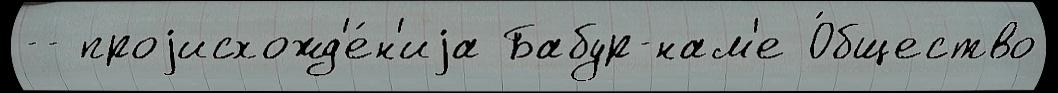
-- проjисхожд'е́н'иjа Бабур-нам'е О́бщество